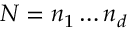
N = n _ { 1 } \ldots n _ { d }